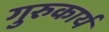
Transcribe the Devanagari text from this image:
गुरुकार्य